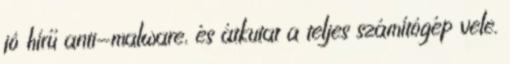
jó hírű anti-malware, és átkutat a teljes számítógép vele.